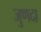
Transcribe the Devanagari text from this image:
जुणदा